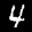
Label: 4